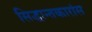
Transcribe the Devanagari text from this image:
सिद्धान्तकारांस